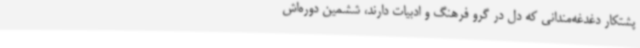
پشتکار دغدغه‌مندانی که دل در گرو فرهنگ و ادبیات دارند، ششمین دوره‌اش